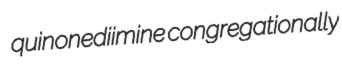
quinonediimine congregationally